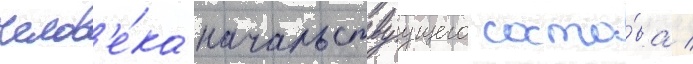
челов'е́ка начальствуущего соста́ва /